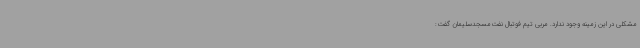
مشکلی در این زمینه وجود ندارد. مربی تیم فوتبال نفت‌مسجدسلیمان گفت: